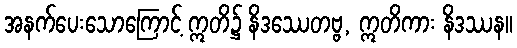
အနက်ပေးသောကြောင့် ဣတိ၌ နိဒဿေတဗ္ဗ, ဣတိကား နိဒဿန။